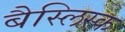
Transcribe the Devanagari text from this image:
बैस्लिस्क